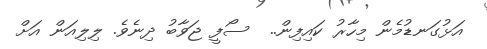
އަޅުގަނޑުމެން މިހާރު ކައިފިން..  ސޯފީ ޖަވާބު ދިނެވެ. ލިލިއަން އަށް